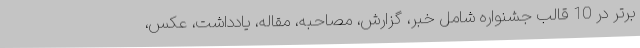
برتر در 10 قالب جشنواره شامل خبر، گزارش، مصاحبه، مقاله، یادداشت، عکس،